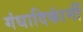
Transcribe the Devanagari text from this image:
गंधादिकांनीं